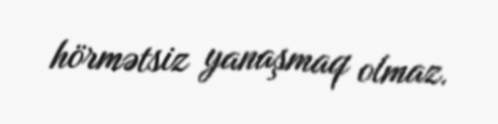
hörmətsiz yanaşmaq olmaz.